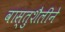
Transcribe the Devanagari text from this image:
वास्तुशैलीने